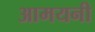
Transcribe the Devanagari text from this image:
आमयनी